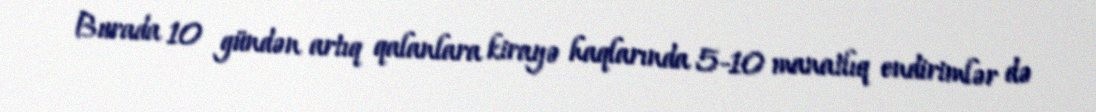
Burada 10 gündən artıq qalanlara kirayə haqlarında 5-10 manatlıq endirimlər də